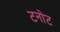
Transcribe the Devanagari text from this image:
टनोट